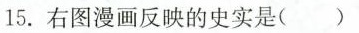
15.右图漫画反映的史实是()